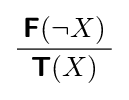
{\frac {{\boldsymbol {\mathsf {F}}}(\neg X)}{\begin{array}{c}{\boldsymbol {\mathsf {T}}}(X)\end{array}}}